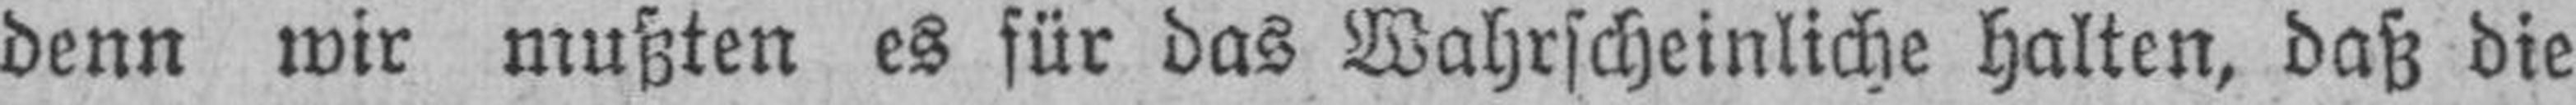
denn wir mußten es für das Wahrscheinliche halten, daß die